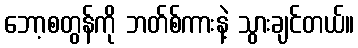
ဘော့စတွန်ကို ဘတ်စ်ကားနဲ့ သွားချင်တယ်။